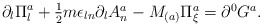
\begin{align*}\partial_{l}\Pi_{l}^{a}+\textstyle{\frac{1}{2}}m\epsilon_{ln}\partial_{l}A_{n}^{a}-M_{(a)}\Pi_{\xi}^{a}=\partial^{0}G^{a}.\end{align*}